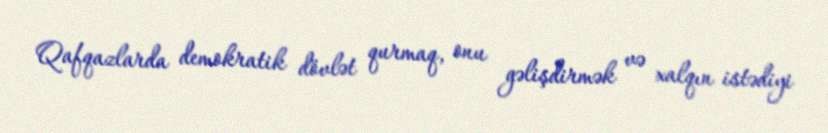
Qafqazlarda demokratik dövlət qurmaq, onu gəlişdirmək və xalqın istədiyi